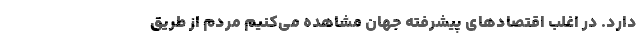
دارد. در اغلب اقتصادهای پیشرفته جهان مشاهده می‌کنیم مردم از طریق